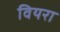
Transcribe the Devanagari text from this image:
वियरा